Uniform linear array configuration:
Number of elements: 8
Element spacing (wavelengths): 1
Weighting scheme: uniform
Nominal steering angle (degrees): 60
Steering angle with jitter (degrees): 61.552
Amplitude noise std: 0.05
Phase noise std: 0.05

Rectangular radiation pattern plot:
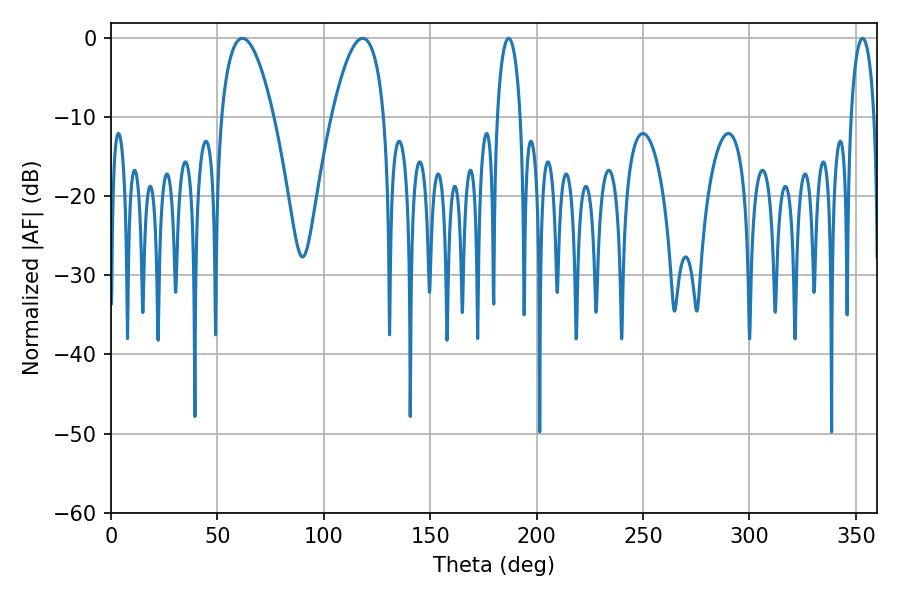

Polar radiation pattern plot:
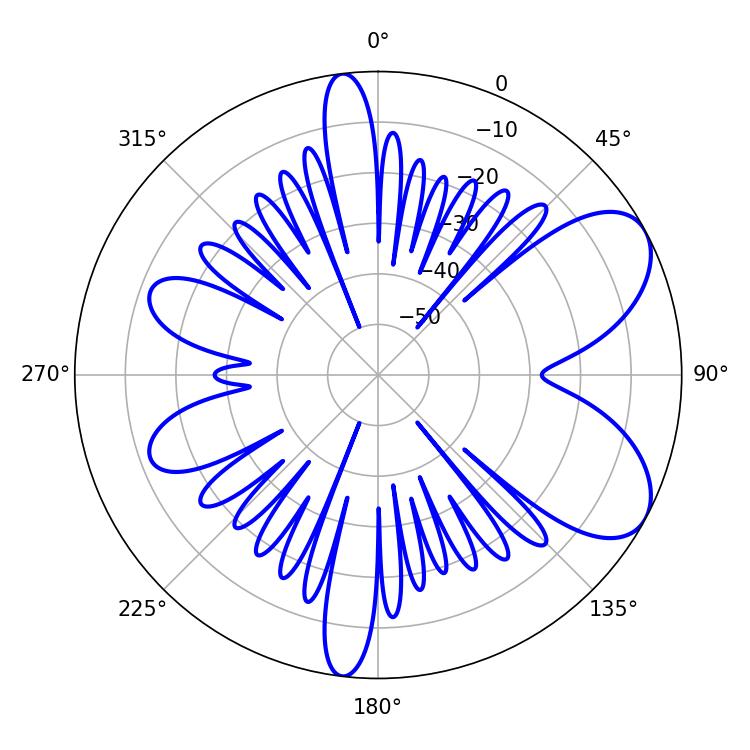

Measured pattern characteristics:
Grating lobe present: TRUE
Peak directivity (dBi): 6.978
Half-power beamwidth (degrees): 13.68
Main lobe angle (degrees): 61.74